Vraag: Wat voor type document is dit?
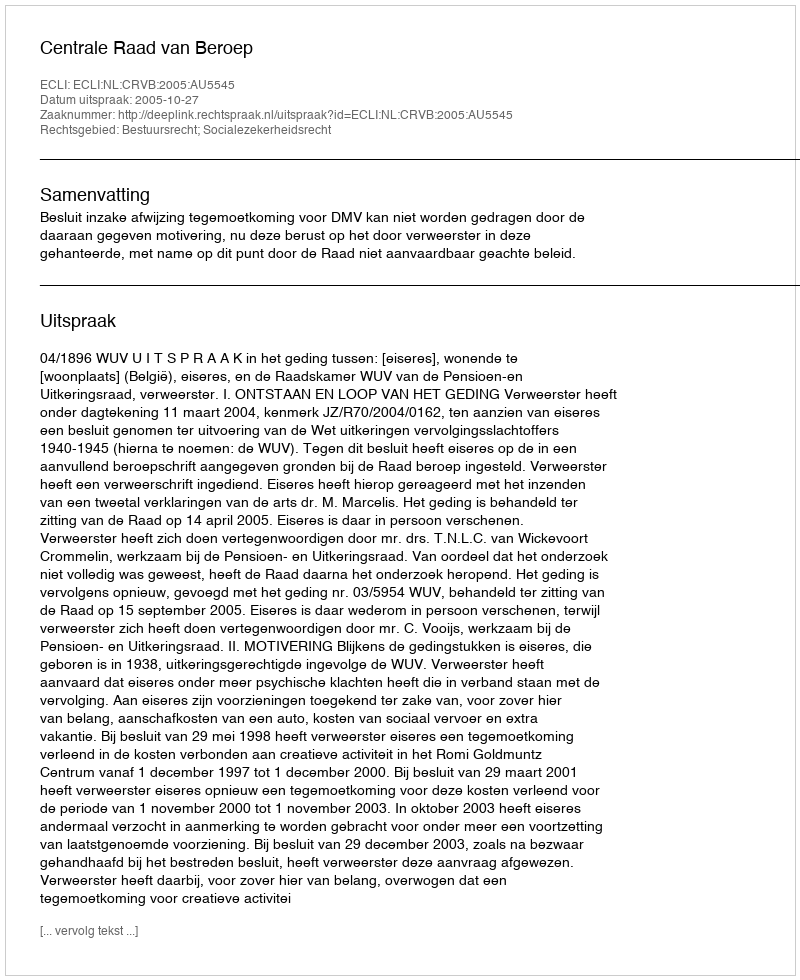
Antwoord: Uitspraak